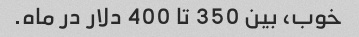
خوب، بین 350 تا 400 دلار در ماه.